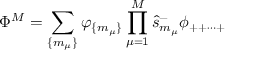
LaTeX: \Phi ^ { M } = \sum _ { \{ m _ { \mu } \} } \varphi _ { \{ m _ { \mu } \} } \prod _ { \mu = 1 } ^ { M } \hat { s } _ { m _ { \mu } } ^ { - } \phi _ { + + \cdots + }